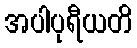
အပါပုရီယတိ